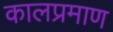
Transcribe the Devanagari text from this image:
कालप्रमाण